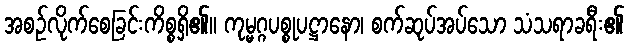
အစဉ်လိုက်စေခြင်းကိစ္စရှိ၏။ ကုမ္မဂ္ဂပစ္စုပဋ္ဌာနော၊ စက်ဆုပ်အပ်သော သံသရာခရီး၏